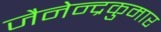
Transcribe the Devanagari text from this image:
जैनेन्द्रकुमार